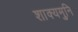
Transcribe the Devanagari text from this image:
शाक्‍यमुनि